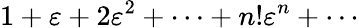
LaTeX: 1+\varepsilon+2\varepsilon^{2}+\cdots+n!\varepsilon^{n}+\cdots